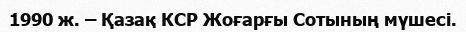
1990 ж. – Қазақ КСР Жоғарғы Сотының мүшесі.